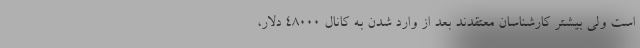
است ولی بیشتر کارشناسان معتقدند بعد از وارد شدن به کانال ۴۸۰۰۰ دلار،